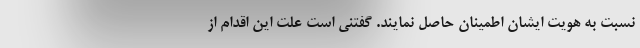
نسبت به هویت ایشان اطمینان حاصل نمایند. گفتنی است علت این اقدام از